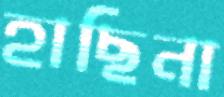
হাছিনা